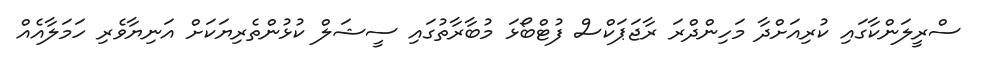
ސްރީލަންކާގައި ކުރިއަށްދާ މަހިންދްރަ ރާޖަޕަކްސް ފުޓްބޯޅަ މުބާރާތުގައި ސީޝަލް ކުޅުންތެރިޔަކަށް އަނިޔާވެރި ހަމަލާއެއް